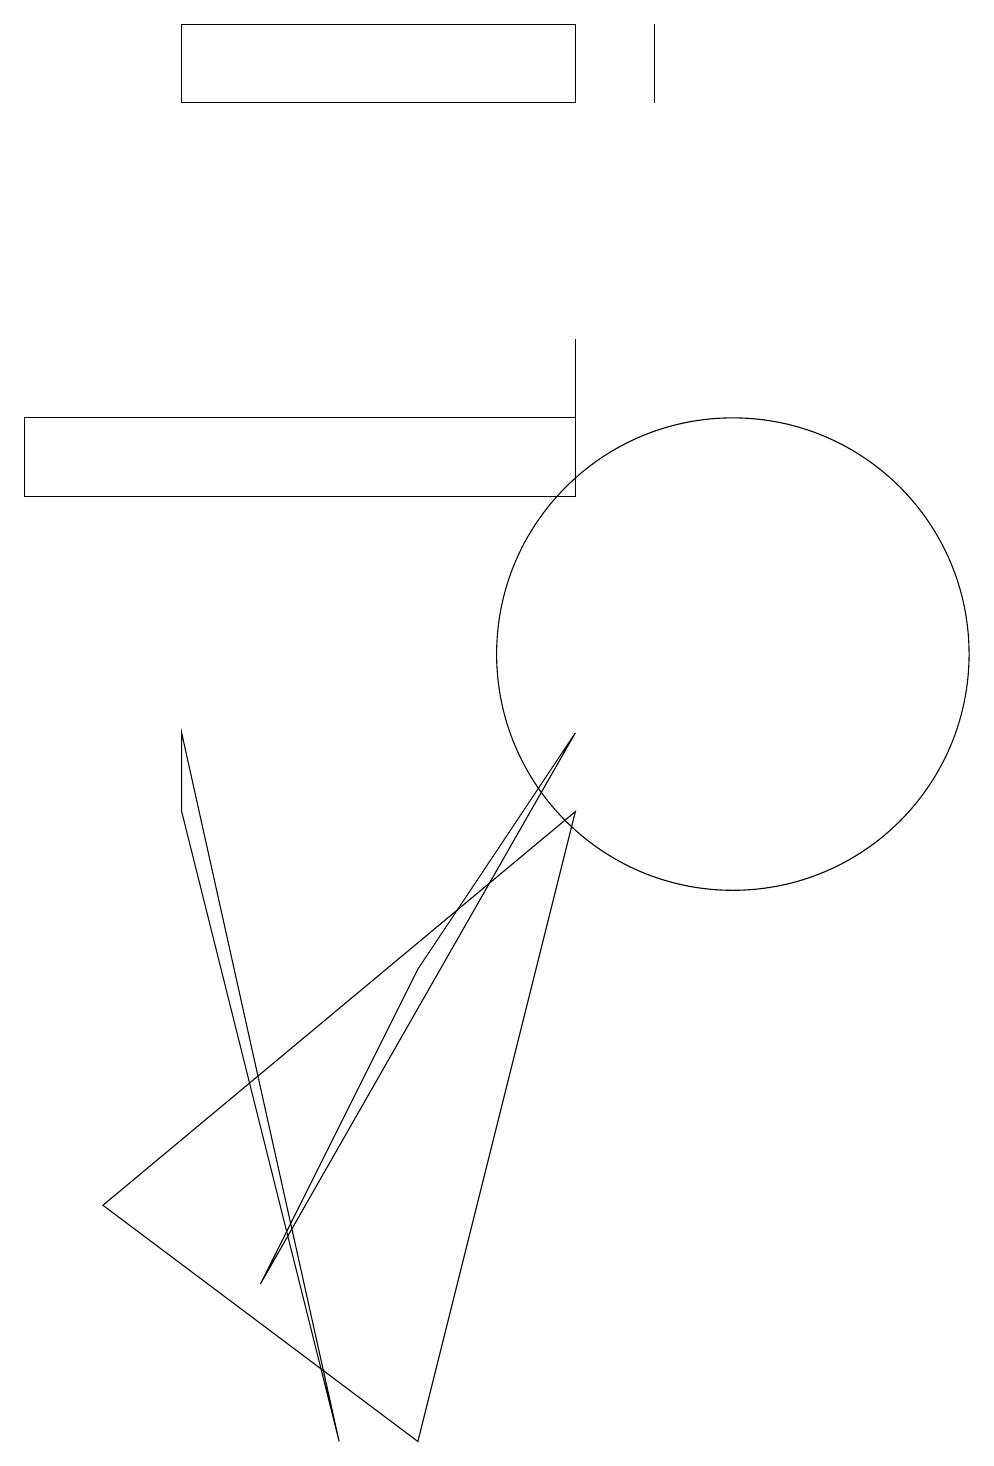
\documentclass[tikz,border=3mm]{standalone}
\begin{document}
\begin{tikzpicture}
\draw (6,0) -- (2,3) -- (8,8) -- cycle;
\draw (10,10) circle (3);
\draw (8,13) rectangle (8,14);
\draw (3,8) -- (3,9) -- (5,0) -- cycle;
\draw (9,18) rectangle (9,17);
\draw (3,17) rectangle (8,18);
\draw (8,9) -- (4,2) -- (6,6) -- cycle;
\draw (1,12) rectangle (8,13);
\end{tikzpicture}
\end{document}